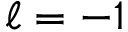
\ell = - 1